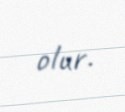
olur.